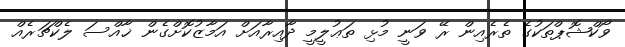
ވޯކްޝޮޕްތަކުގެ ތެރެއިން ރޭ ވަނީ މުޅި ތަޢުލީމީ ދާއިރާއަށް އަމާޒުކޮށްގެން ޚާއްސަ ލެކްޗަރެއް